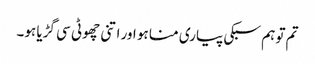
تم تو ہم سبکی پیاری منا ہو اور اتنی چھوٹی سی گڑیا ہو۔